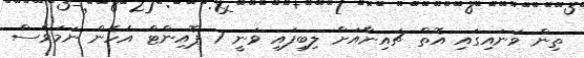
ތިން ވަނައިގައި އޮތް ޗައިނާއަށް ލިބިފައި ވަނީ 7 ޕޮއިންޓް އެހެން ނަމަވެސް